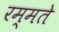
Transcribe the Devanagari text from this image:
रम्मते